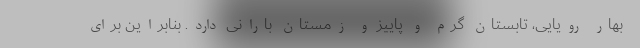
بهار رویایی، تابستان گرم و پاییز و زمستان بارانی دارد. بنابراین برای